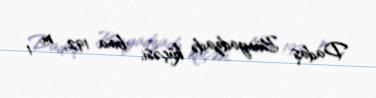
Dadaş Bünyadzadə küçəsi, bina 192, m. 1